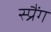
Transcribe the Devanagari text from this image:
स्प्रैंग